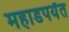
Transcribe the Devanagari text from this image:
महाडपर्यंत